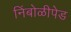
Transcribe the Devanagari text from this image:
निंबोळीपेड